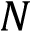
N